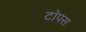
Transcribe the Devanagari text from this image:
टॉपस